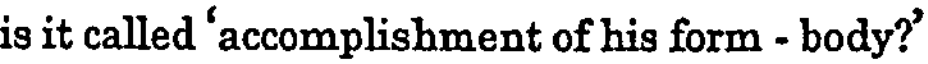
is it called 'accomplishment of his form - body?'